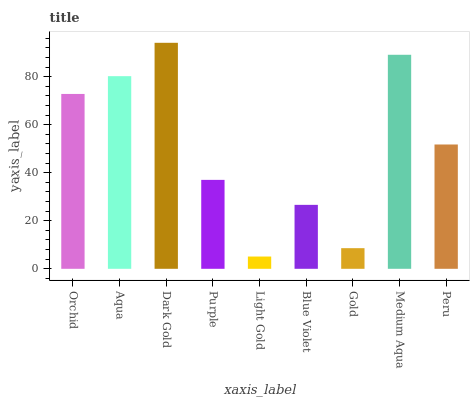
| xaxis_label | bars |
 | --- | --- |
 | Orchid | 72.8 |
 | Aqua | 80.2 |
 | Dark Gold | 94.1 |
 | Purple | 37 |
 | Light Gold | 5.11 |
 | Blue Violet | 26.6 |
 | Gold | 8.59 |
 | Medium Aqua | 89.1 |
 | Peru | 51.8 |